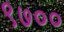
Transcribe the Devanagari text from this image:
९७००